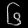
Digit: ၆